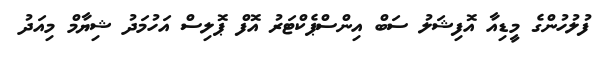
ފުލުހުންގެ މީޑިއާ އޮފިޝަލު ސަބް އިންސްޕެކްޓަރު އޮފް ޕޮލިސް އަހުމަދު ޝިޔާމް މިއަދު